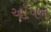
ઑપન